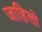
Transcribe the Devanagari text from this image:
जाहिलो